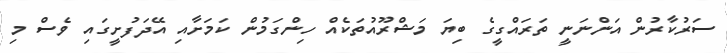
ސަރުކާރުން އަންނަނީ ތަރައްގީގެ ބިޔަ މަޝްރޫއުތަކެއް ހިންގަމުން ކަމަށާއި އޭދަފުށީގައި ވެސް މި